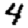
Digit: 4